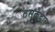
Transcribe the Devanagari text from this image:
ठसकेदार